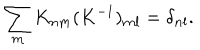
\sum _ { \bf m } K _ { \bf n \bf m } ( K ^ { - 1 } ) _ { \bf m \bf l } = \delta _ { \bf n \bf l } .